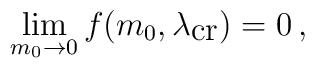
\lim_{m_{0}\rightarrow 0} f(m_{0},\lambda_{\mbox{cr}})=0\, ,